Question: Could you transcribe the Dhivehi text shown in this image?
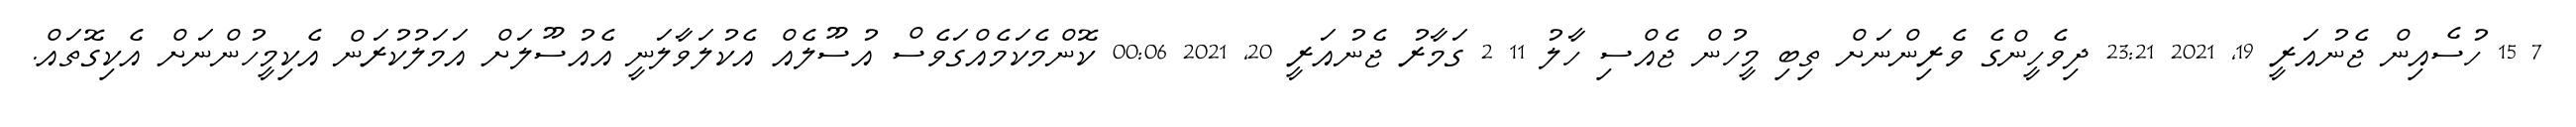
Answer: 7 15 ހުސެއިން ޖެނުއަރީ 19, 2021 23:21 ދިވެހީންގެ ވެރިންނަށް ތިބި މީހުން ޖެއްސި ހާލު 11 2 ގަމާރު ޖެނުއަރީ 20, 2021 00:06 ކޮންމެކަމެއްގަވެސް އުސޫލެއް އެކުލަވާލަނީ އެއުސޫލަށް އަމަލުކުރަން އެކިމީހުންނަށް އެކިގޮތައް.